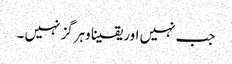
جب نہیں اور یقینا وہرگز نہیں ۔